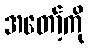
အတော့်ကို